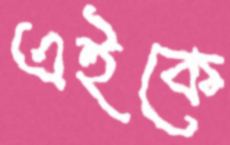
এইকে